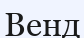
Венд